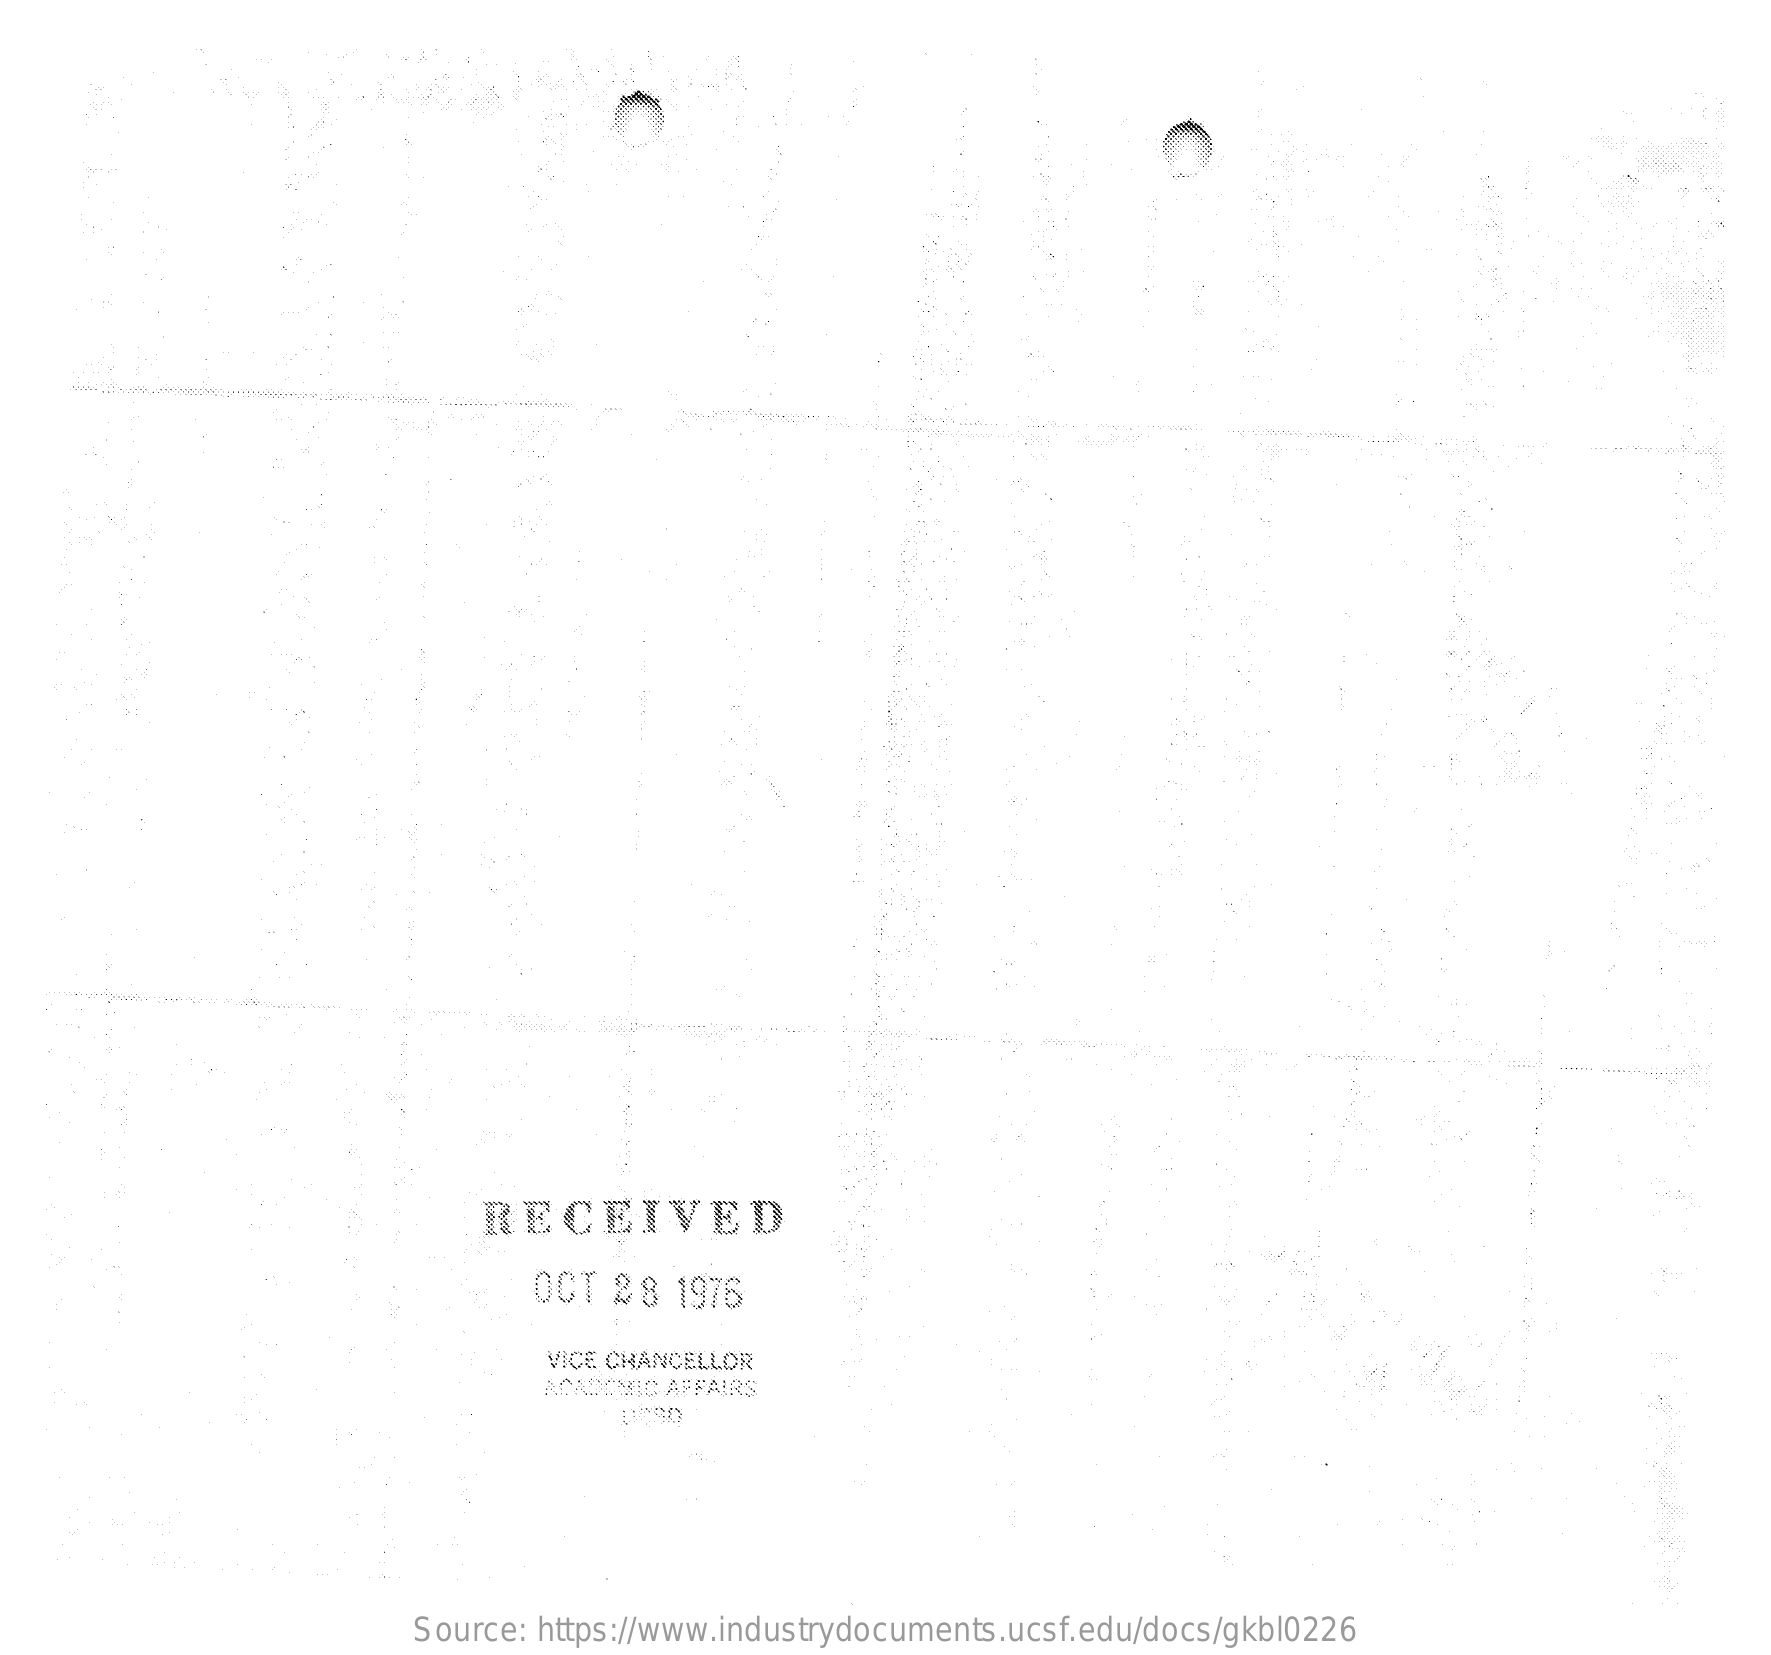
RECEIVED
     OCT 28  1976
     VICE CHANCELLOR
     ACADEMIC AFFAIRS
     Source: https://www.industrydocuments.ucsf.edu/docs/gkbl0226